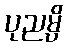
ပုညမ္ပိ